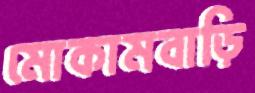
মোকামবাড়ি